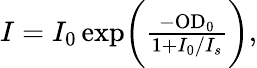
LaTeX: \begin{array}{r}{{I}={I_{0}}\, \mathrm{exp}\bigg(\frac{-\mathrm{{{OD}_{0}}}}{1+{I_{0}}/{I_{s}}}\bigg),}\end{array}